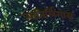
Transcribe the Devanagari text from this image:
ज्योतिर्लिंगास